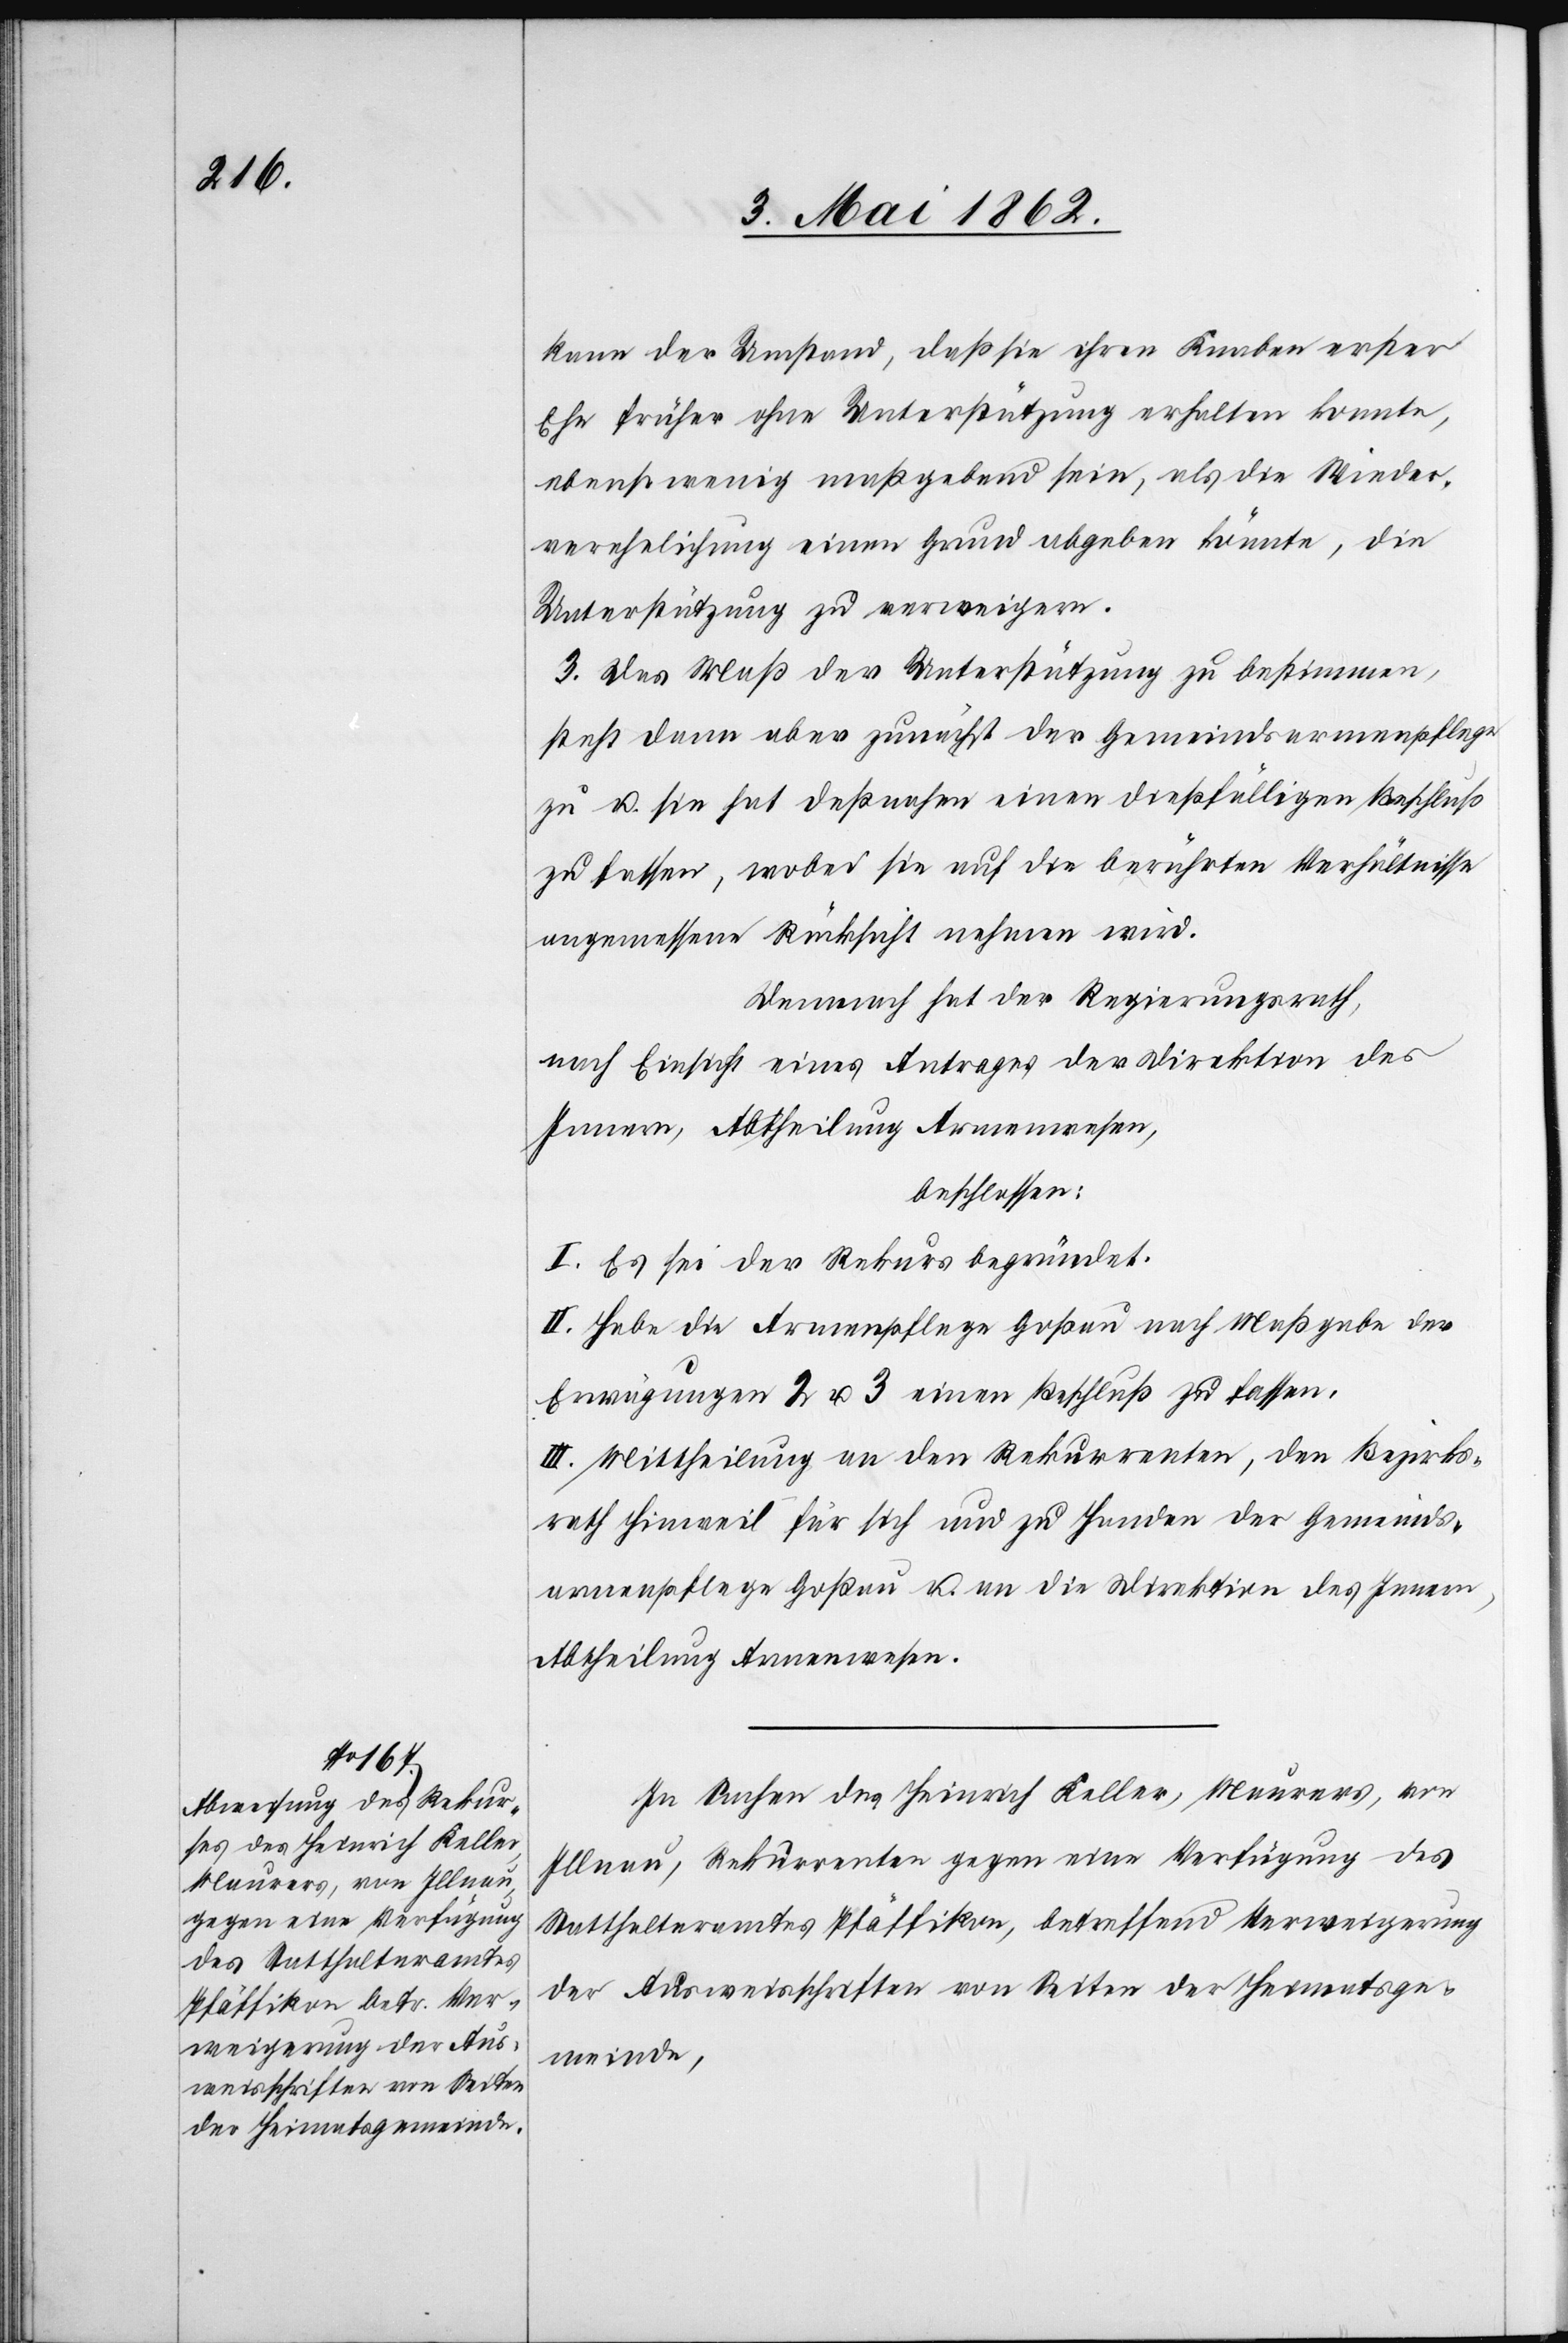
kann der Umstand, daß sie ihren Knaben erster
Ehe früher ohne Unterstützung erhalten konnte,
ebensowenig maßgebend seien, als die Wieder¬
verehelichung einen Grund abgeben könnte, die
Unterstützung zu verweigern.
3. Das Maß der Unterstützung zu bestimmen,
steht dann aber zunächst der Gemeindsarmenpflege
zu u. sie hat deßnahen einen dießfälligen Beschluß
zu fassen, wobei sie auf die berührten Verhältnisse
angemessene Rücksicht nehmen wird.
Demnach hat der Regierungsrath,
nach Einsicht eines Antrages der Direktion des
Innern, Abtheilung Armenwesen,
beschlossen:
I. Es sei der Rekurs begründet.
II. Habe die Armenpflege Goßau nach Maßgabe der
Erwägung 2 u. 3 einen Beschluß zu fassen.
III. Mittheilung an den Rekurrenten, den Bezirks¬
rath Hinweil für sich und zu Handen der Gemeinds¬
armenpflege Goßau u. an die Direktion des Innern,
Abtheilung Armenwesen.
In Sachen des Heinrich Keller, Maurers, von
Illnau, Rekurrenten gegen eine Verfügung des
Statthalteramtes Pfäffikon, betreffend Verweigerung
der Ausweisschriften von Seiten der Heimatsge¬
meinde,